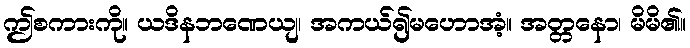
ဤစကားကို။ ယဒိနဘဏေယျ၊ အကယ်၍မဟောအံ့။ အတ္တနော၊ မိမိ၏။